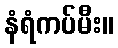
နံရံကပ်မီး။